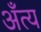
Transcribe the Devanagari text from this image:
अँत्य